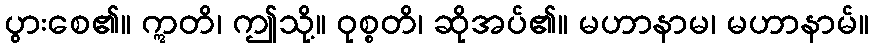
ပွားစေ၏။ ဣတိ၊ ဤသို့။ ဝုစ္စတိ၊ ဆိုအပ်၏။ မဟာနာမ၊ မဟာနာမ်။